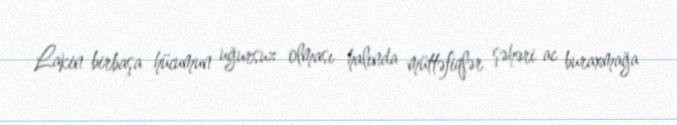
Lakin birbaşa hücumun uğursuz olması halında müttəfiqlər şəhəri ac buraxmağa